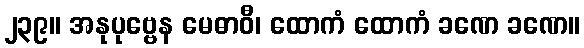
၂၃၉။ အနုပုဗ္ဗေန မေဓာဝီ၊ ထောကံ ထောကံ ခဏေ ခဏေ။